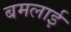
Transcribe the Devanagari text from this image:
बमलाई